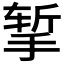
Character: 𪮃